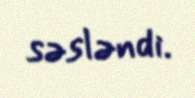
səsləndi.